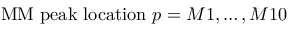
\mathrm { M M \ p e a k \ l o c a t i o n \ } p = M 1 , \ldots , M 1 0